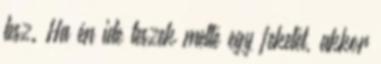
lesz. Ha én ide teszek mellé egy feketét, akkor